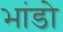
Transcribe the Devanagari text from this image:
भांडो